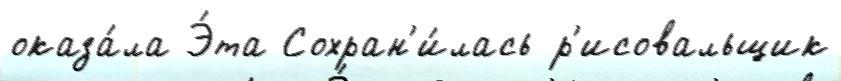
оказа́ла Э́та Сохран'и́лась р'исовальщик